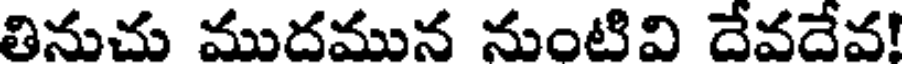
తినుచు ముదమున నుంటివి దేవదేవ!